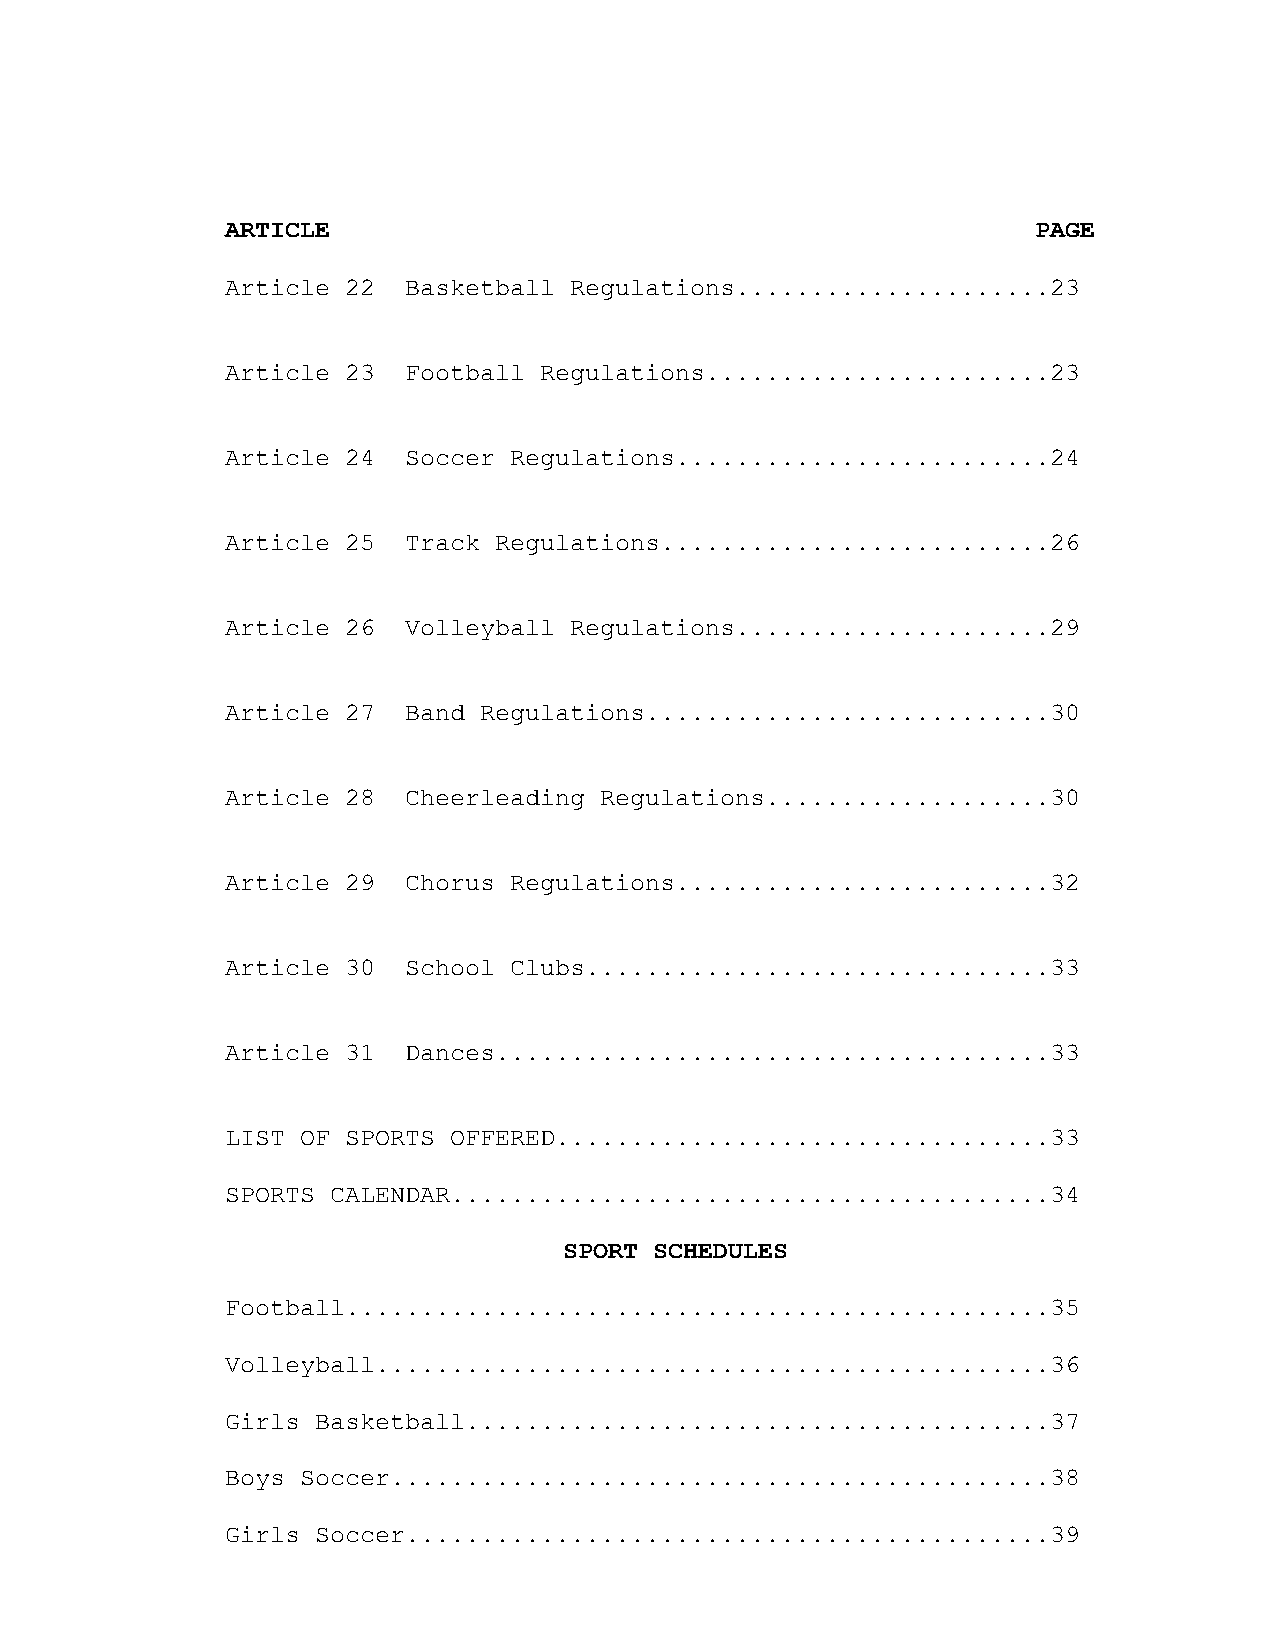
ARTICLE                                               PAGE
 Article 22  Basketball Regulations.....................23
 Article 23  Football Regulations.......................23
 Article 24  Soccer Regulations.........................24
 Article 25  Track Regulations..........................26
 Article 26  Volleyball Regulations.....................29
 Article 27  Band Regulations...........................30
 Article 28  Cheerleading Regulations...................30
 Article 29  Chorus Regulations.........................32
 Article 30  School Clubs...............................33
 Article 31  Dances.....................................33
 LIST OF SPORTS OFFERED.................................33
 SPORTS CALENDAR........................................34
 SPORT SCHEDULES
 Football...............................................35
 Volleyball.............................................36
 Girls Basketball.......................................37
 Boys Soccer............................................38
 Girls Soccer...........................................39